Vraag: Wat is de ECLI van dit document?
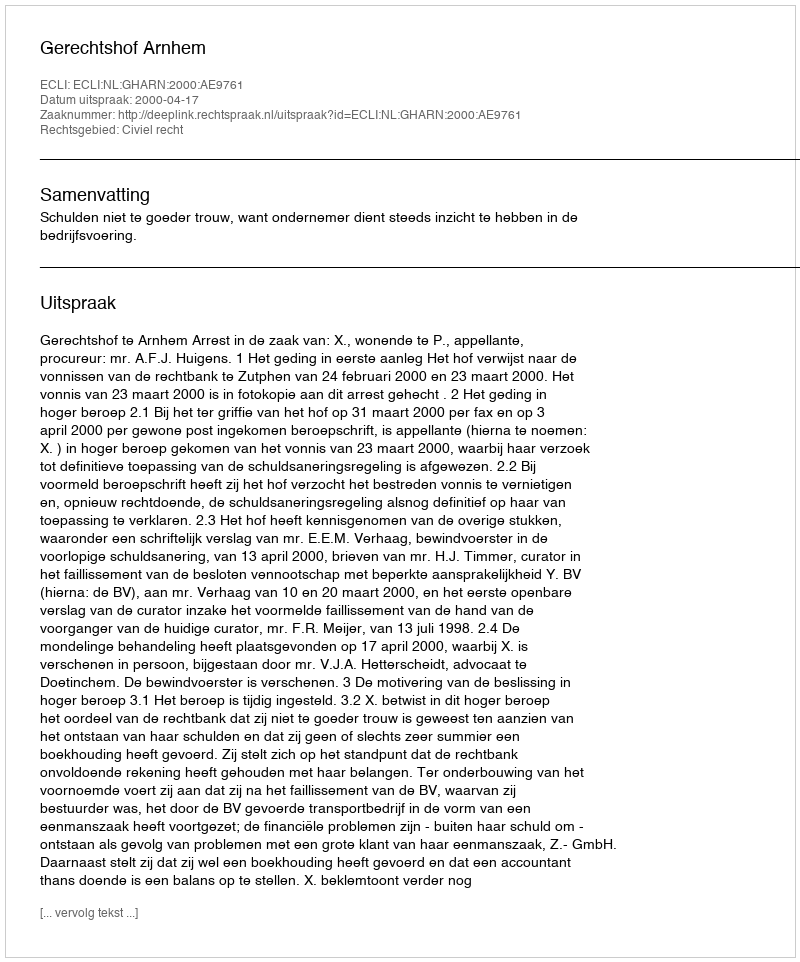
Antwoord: ECLI:NL:GHARN:2000:AE9761